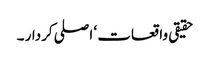
حقیقی واقعات ‘ اصلی کردار ۔